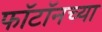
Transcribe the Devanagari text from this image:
फॉटॉनच्या